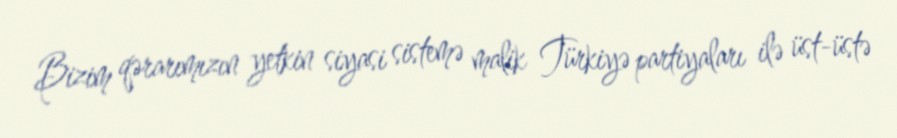
Bizim qərarımızın yetkin siyasi sistemə malik Türkiyə partiyaları ilə üst-üstə